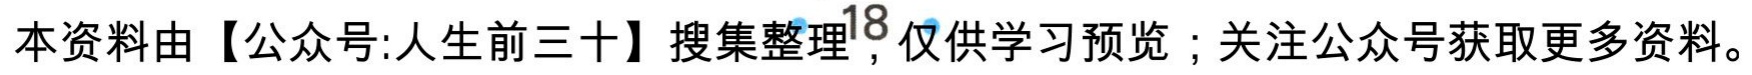
本资料由【公众号:人生前三十】搜集整理，仅供学习预览；关注公众号获取更多资料。